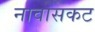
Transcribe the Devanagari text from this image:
नावासकट